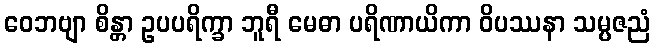
ဝေဘဗျာ စိန္တာ ဥပပရိက္ခာ ဘူရီ မေဓာ ပရိဏာယိကာ ဝိပဿနာ သမ္ပဇညံ